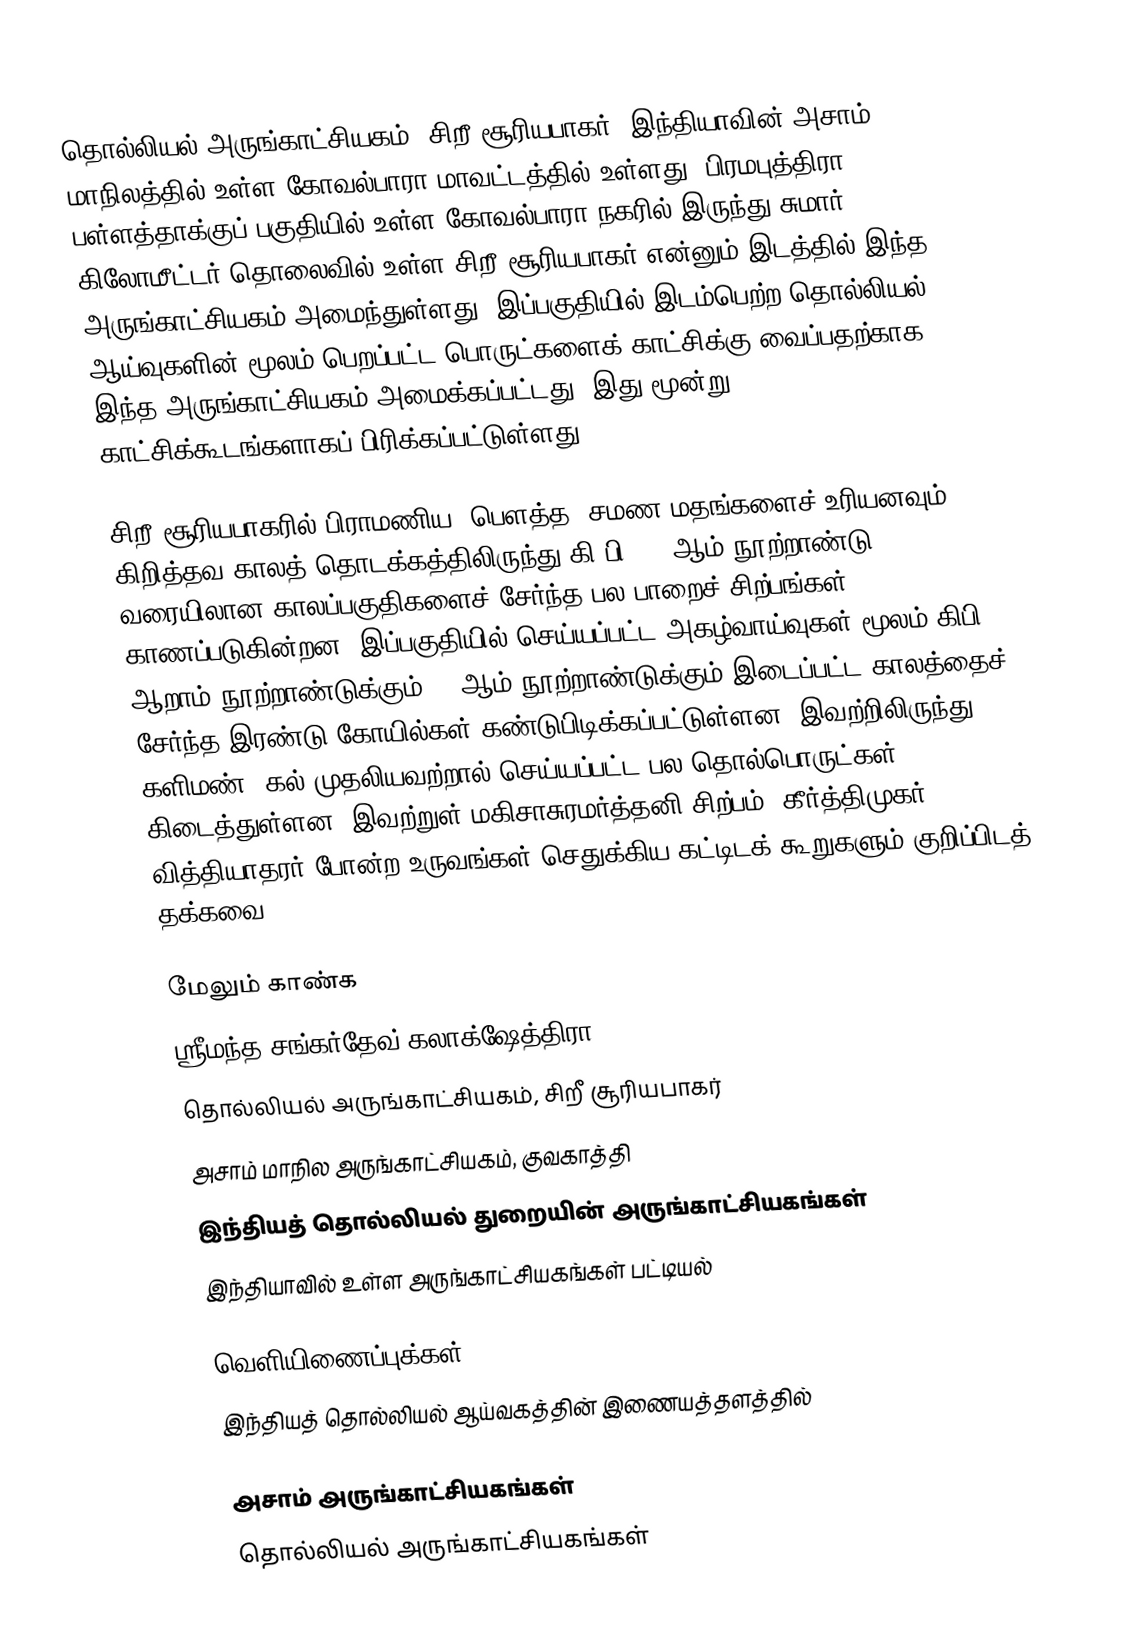
தொல்லியல் அருங்காட்சியகம், சிறீ சூரியபாகர், இந்தியாவின் அசாம் மாநிலத்தில் உள்ள கோவல்பாரா மாவட்டத்தில் உள்ளது. பிரமபுத்திரா பள்ளத்தாக்குப் பகுதியில் உள்ள கோவல்பாரா நகரில் இருந்து சுமார் 14 கிலோமீட்டர் தொலைவில் உள்ள சிறீ சூரியபாகர் என்னும் இடத்தில் இந்த அருங்காட்சியகம் அமைந்துள்ளது. இப்பகுதியில் இடம்பெற்ற தொல்லியல் ஆய்வுகளின் மூலம் பெறப்பட்ட பொருட்களைக் காட்சிக்கு வைப்பதற்காக இந்த அருங்காட்சியகம் அமைக்கப்பட்டது. இது மூன்று காட்சிக்கூடங்களாகப் பிரிக்கப்பட்டுள்ளது.

சிறீ சூரியபாகரில் பிராமணிய, பௌத்த, சமண மதங்களைச் உரியனவும், கிறித்தவ காலத் தொடக்கத்திலிருந்து கி.பி. 12 ஆம் நூற்றாண்டு வரையிலான காலப்பகுதிகளைச் சேர்ந்த பல பாறைச் சிற்பங்கள் காணப்படுகின்றன. இப்பகுதியில் செய்யப்பட்ட அகழ்வாய்வுகள் மூலம் கிபி ஆறாம் நூற்றாண்டுக்கும் 12 ஆம் நூற்றாண்டுக்கும் இடைப்பட்ட காலத்தைச் சேர்ந்த இரண்டு கோயில்கள் கண்டுபிடிக்கப்பட்டுள்ளன. இவற்றிலிருந்து களிமண், கல் முதலியவற்றால் செய்யப்பட்ட பல தொல்பொருட்கள் கிடைத்துள்ளன. இவற்றுள் மகிசாசுரமர்த்தனி சிற்பம்; கீர்த்திமுகர், வித்தியாதரர் போன்ற உருவங்கள் செதுக்கிய கட்டிடக் கூறுகளும் குறிப்பிடத் தக்கவை.

மேலும் காண்க
 ஸ்ரீமந்த சங்கர்தேவ் கலாக்ஷேத்திரா
 தொல்லியல் அருங்காட்சியகம், சிறீ சூரியபாகர்
 அசாம் மாநில அருங்காட்சியகம், குவகாத்தி
 இந்தியத் தொல்லியல் துறையின் அருங்காட்சியகங்கள்
 இந்தியாவில் உள்ள அருங்காட்சியகங்கள் பட்டியல்

வெளியிணைப்புக்கள்
 இந்தியத் தொல்லியல் ஆய்வகத்தின் இணையத்தளத்தில்

அசாம் அருங்காட்சியகங்கள்
தொல்லியல் அருங்காட்சியகங்கள்